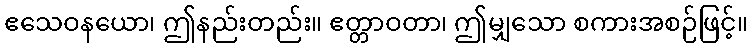
ဧသေဝနယော၊ ဤနည်းတည်း။ ဧတ္တာဝတာ၊ ဤမျှသော စကားအစဉ်ဖြင့်။